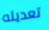
تعديله